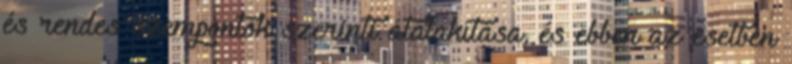
és rendes szempontok szerinti átalakítása, és ebben az esetben